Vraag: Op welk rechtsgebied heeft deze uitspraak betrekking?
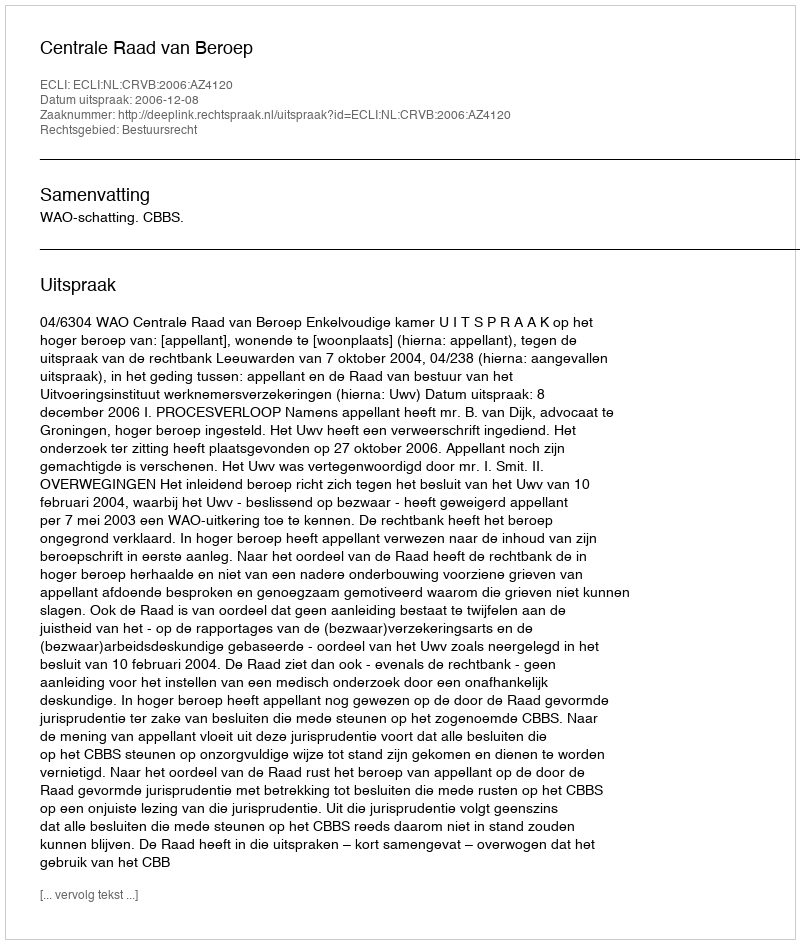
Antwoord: Bestuursrecht